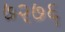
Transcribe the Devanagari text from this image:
७२७६